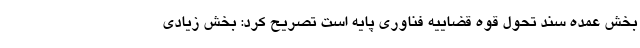
بخش عمده سند تحول قوه قضاییه فناوری پایه است تصریح کرد: بخش زیادی